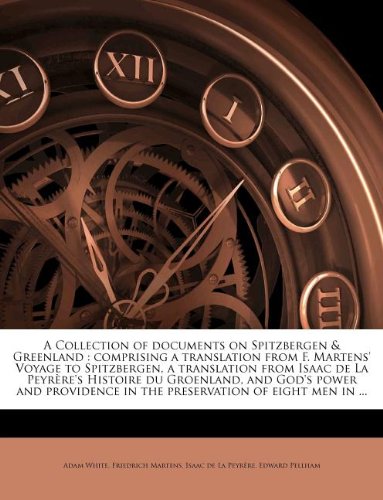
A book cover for A Collection of documents on Spitzbergen & Greenland: comprising a translation from F. Martens' Voyage to Spitzbergen, a translation from Isaac de La ... in the preservation of eight men in ...; Adam White; History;